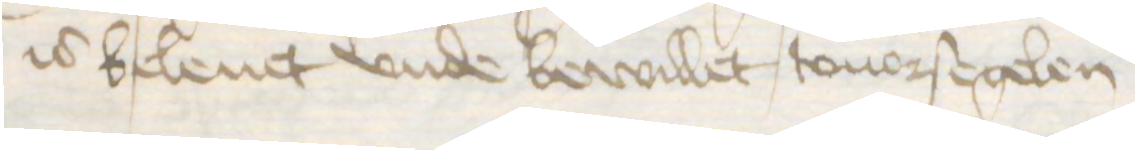
is beleuet vnde bewillet touorsegelen